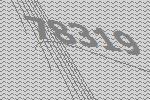
78319